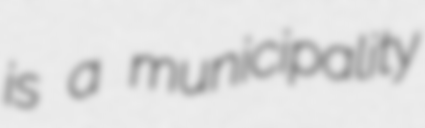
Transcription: is a municipality